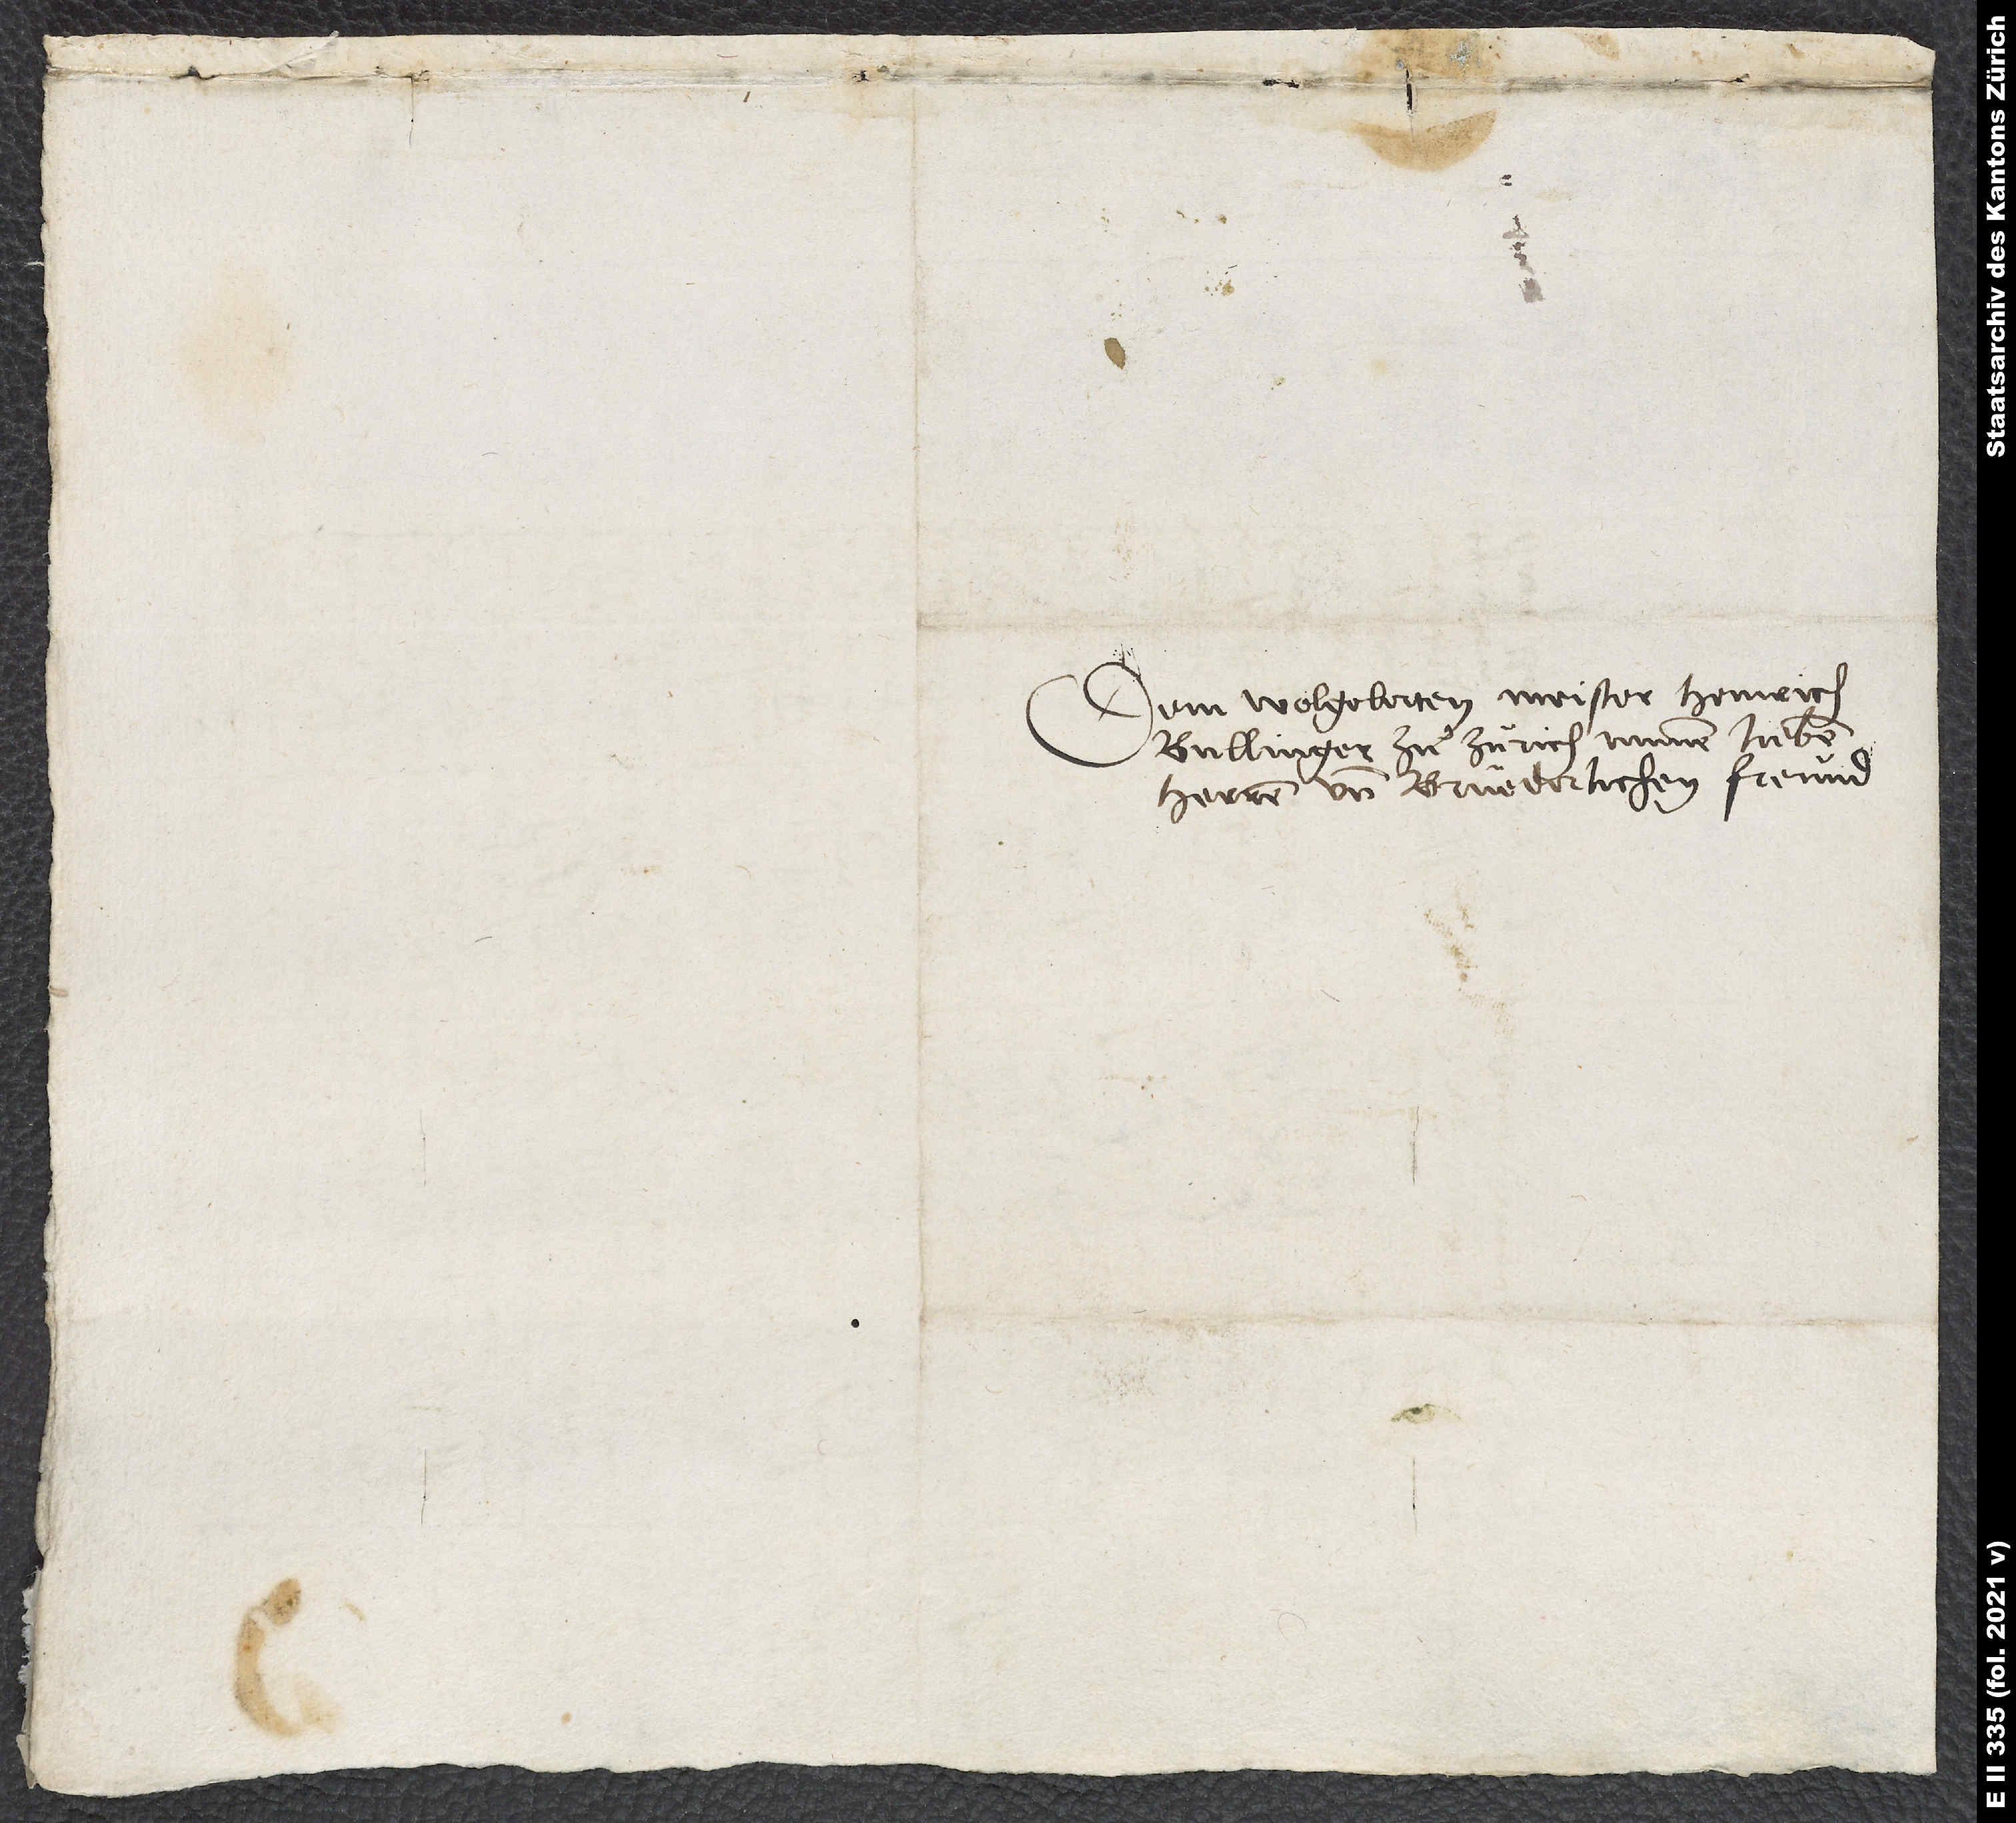
Dem wolgelerten Meister Heinrich
Bullinger zuͦ Zürich, minem lieben
herren und brüederlichen freund.